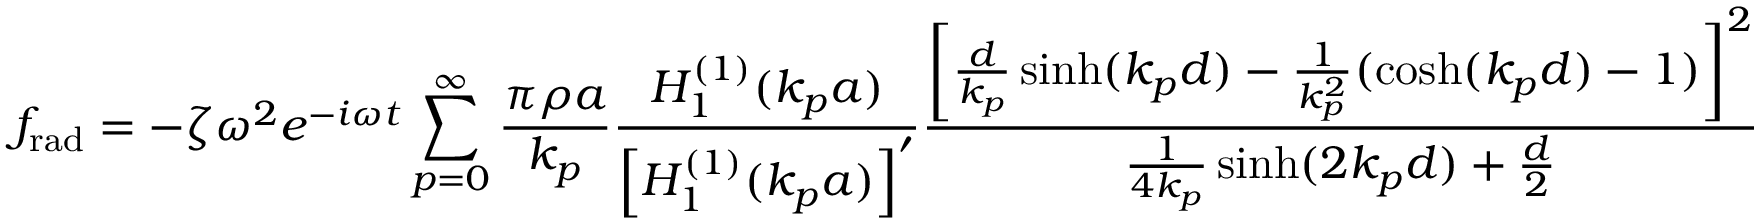
f _ { \mathrm { r a d } } = - \zeta \omega ^ { 2 } e ^ { - i \omega t } \sum _ { p = 0 } ^ { \infty } \frac { \pi \rho a } { k _ { p } } \frac { H _ { 1 } ^ { ( 1 ) } ( k _ { p } a ) } { \left[ H _ { 1 } ^ { ( 1 ) } ( k _ { p } a ) \right] ^ { \prime } } \frac { \left[ \frac { d } { k _ { p } } \sinh ( k _ { p } d ) - \frac { 1 } { k _ { p } ^ { 2 } } ( \cosh ( k _ { p } d ) - 1 ) \right] ^ { 2 } } { \frac { 1 } { 4 k _ { p } } \sinh ( 2 k _ { p } d ) + \frac { d } { 2 } }